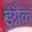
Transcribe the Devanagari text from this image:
इग्नैक